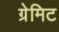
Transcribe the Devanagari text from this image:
ग्रेमिट